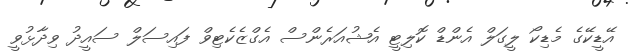
އޭޑީކޭގެ މެޑިކޯ ލީގަލް އެންޑް ކޮލިޓީ އެޝުއަރެންސް އެގްޒެކެޓިވް ފައިސަލް ސައީދު ވިދާޅުވީ